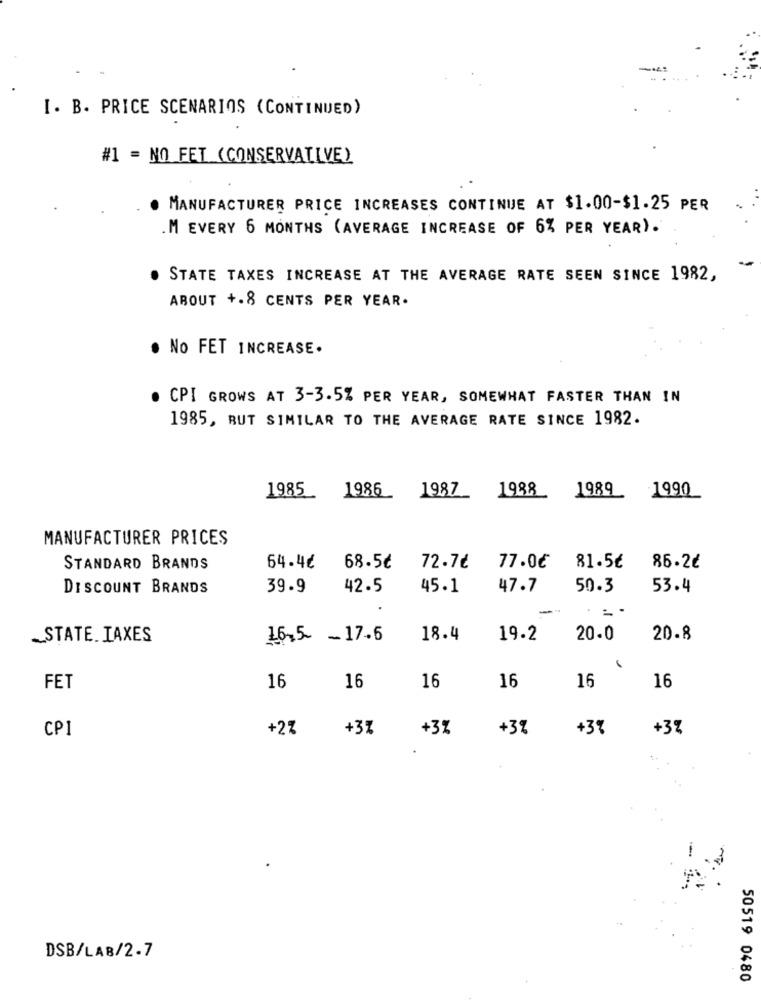
I. B. PRICE SCENARIOS (CONTINUED)
#1 = NO FET (CONSERVATIVE)
· MANUFACTURER PRICE INCREASES CONTINUE AT $1.00-$1.25 PER
M EVERY 6 MONTHS (AVERAGE INCREASE OF 6% PER YEAR).
--
STATE TAXES INCREASE AT THE AVERAGE RATE SEEN SINCE 1982,
ABOUT +.8 CENTS PER YEAR.
No FET INCREASE.
. CPI GROWS AT 3-3.5% PER YEAR, SOMEWHAT FASTER THAN IN
1985, BUT SIMILAR TO THE AVERAGE RATE SINCE 1982.
1985
1986
1987
1988
1989
1990
MANUFACTURER PRICES
STANDARD BRANDS
64.4€
68.5¢
72.7€
77.0€
81.5€
86.2₺
DISCOUNT BRANDS
39.9
42.5
45.1
47.7
50.3
53.4
_STATE. IAXES
16.5 - 17.6
18.4
19.2
20.0
20.8
16
16
FET
16
16
16
16
CP1
+2%
+3%
+3%
+3%
+3%
+3%
DSB/LAB/2.7
50519 0480